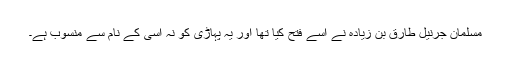
مسلمان جرنیل طارق بن زیادہ نے اسے فتح کیا تھا اور یہ پہاڑی کو نہ اسی کے نام سے منسوب ہے۔